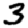
Digit: 3